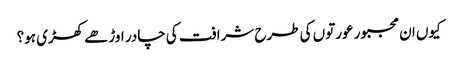
کیوں ان مجبور عورتوں کی طرح شرافت کی چادر اوڑھے کھڑی ہو؟